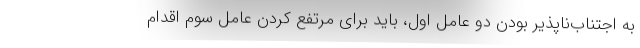
به اجتناب‌ناپذیر بودن دو عامل اول، باید برای مرتفع کردن عامل سوم اقدام